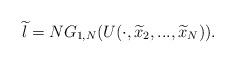
LaTeX: \begin{align*}\widetilde{l}=NG_{1,N}(U(\cdot ,\widetilde{x}_{2},...,\widetilde{x}_{N})).\end{align*}